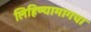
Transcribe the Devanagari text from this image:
लिहिण्यामागचा